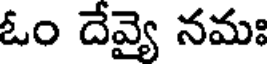
ఓం దేవ్యై నమః